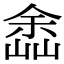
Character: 嵞